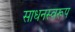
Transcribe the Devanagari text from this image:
साधनस्वरूप